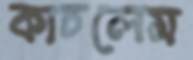
কাচলেম